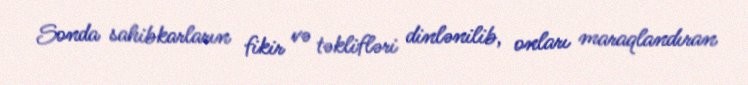
Sonda sahibkarların fikir və təklifləri dinlənilib, onları maraqlandıran